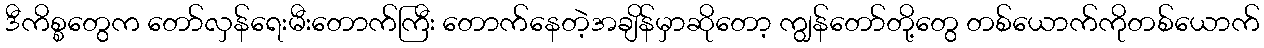
ဒီကိစ္စတွေက တော်လှန်ရေးမီးတောက်ကြီး တောက်နေတဲ့အချိန်မှာဆိုတော့ ကျွန်တော်တို့တွေ တစ်ယောက်ကိုတစ်ယောက်